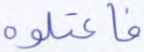
فاعتلوه